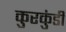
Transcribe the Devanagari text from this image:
कुरकुंडी